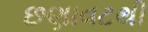
છણાવટથી